Civil Veterinary Department Bihar reports 1936-40 - 1936-1940
Year: 1936
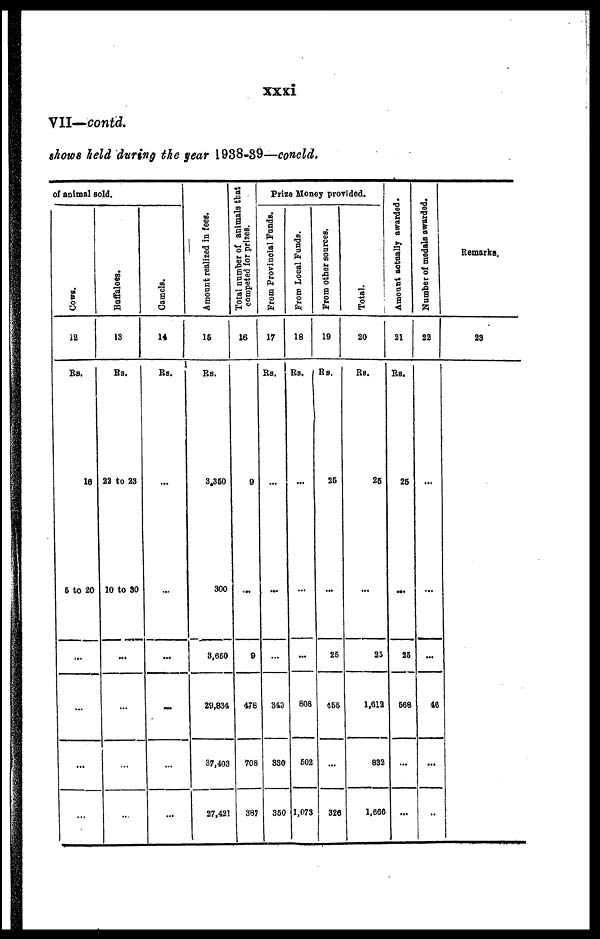
xxxi
VII—contd.
shows held during the year 1938-39—concld.
of animal sold.
Cows.
12
Rs.
16
5 to 20
...
...
...
...
Buffaloes.
13
RS.
23 to 23
10 to 3O
...
...
...
...
Camels.
14
Ra.
...
...
...
...
...
...
Amount realized in fees.
16
RS.
3,350
300
3,650
29,834
37,403
27,421
Total number of animals that
competed for prizes.
16
9
...
9
478
708
387
Prize Money provided.
From Provincial Funds.
17
Rs.
...
...
...
349
330
350
From Local Funds.
18
RS.
...
...
...
808
602
1.073
From other sources.
10
RS.
26
...
25
466
...
326
Total.
20
RS.
26
...
23
1,612
832
1,606
Amount actually awarded.
21
RS.
26
...
25
568
...
...
Number of medals awarded.
22
...
...
...
46
...
...
Remarks.
23